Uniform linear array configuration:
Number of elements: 32
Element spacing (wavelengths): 0.5
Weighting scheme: hann
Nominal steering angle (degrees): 0
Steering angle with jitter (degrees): -0.9776
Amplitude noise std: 0.05
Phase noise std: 0.05

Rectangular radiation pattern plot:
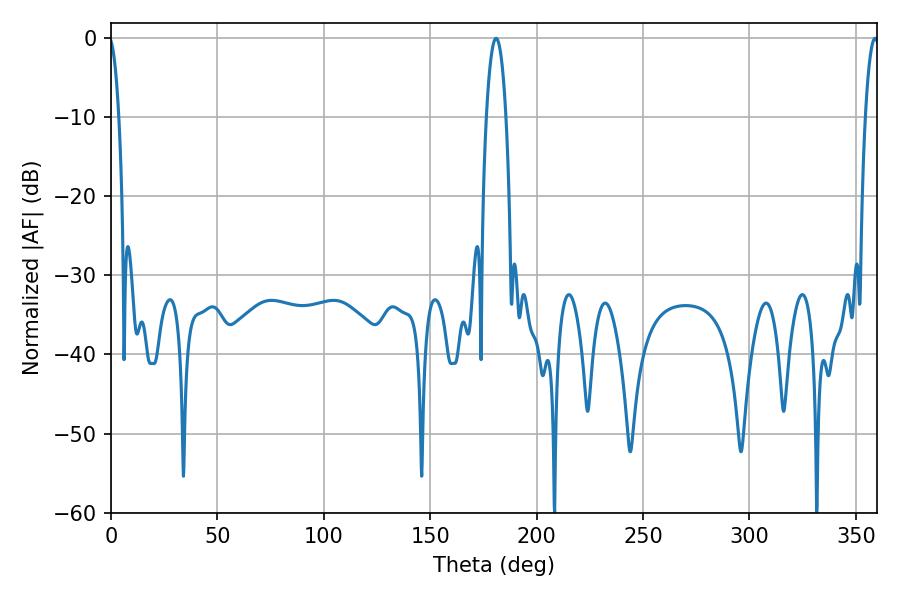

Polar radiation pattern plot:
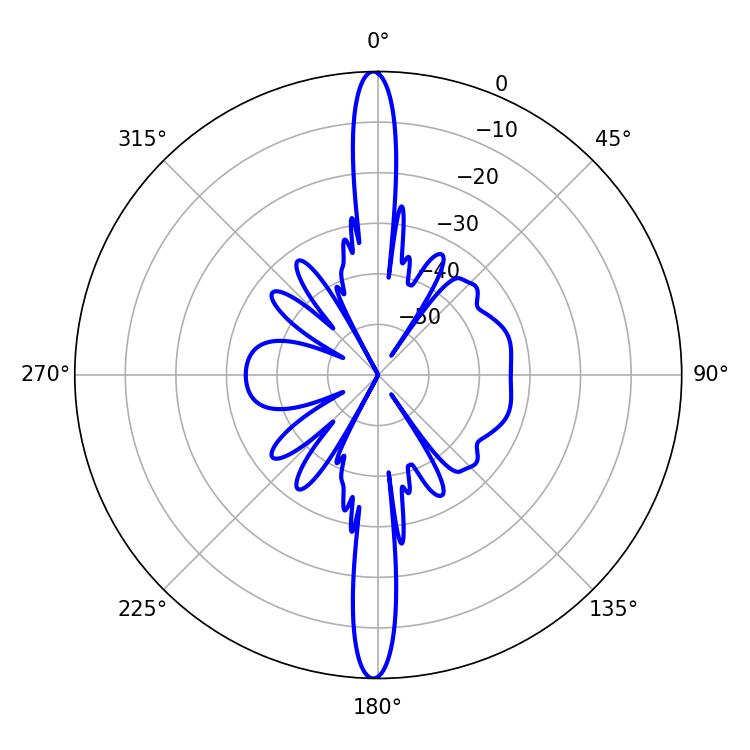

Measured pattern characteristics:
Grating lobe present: FALSE
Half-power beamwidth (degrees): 5.22
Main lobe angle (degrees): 180.9